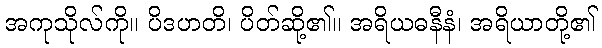
အကုသိုလ်ကို။ ပိဒဟတိ၊ ပိတ်ဆို့၏။ အရိယဓနီနံ၊ အရိယာတို့၏